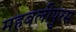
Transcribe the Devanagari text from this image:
महबलीपुरम